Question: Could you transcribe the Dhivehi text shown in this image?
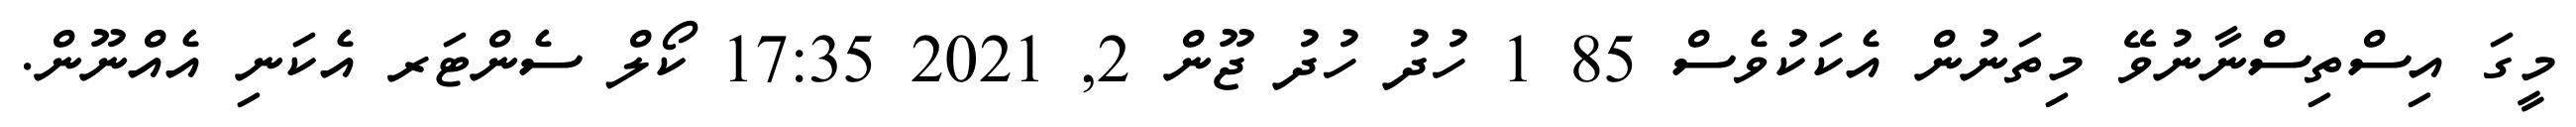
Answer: މީގަ އިސްތިސްނާނުވޭ މިތަނުން އެކަކުވެސް 85 1 ހުދު ހުދު ޖޫން 2, 2021 17:35 ކޯލް ސެންޓަރ އެކަނި އެއްނޫން.